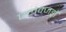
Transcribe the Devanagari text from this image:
एलेक्जड्राॅ